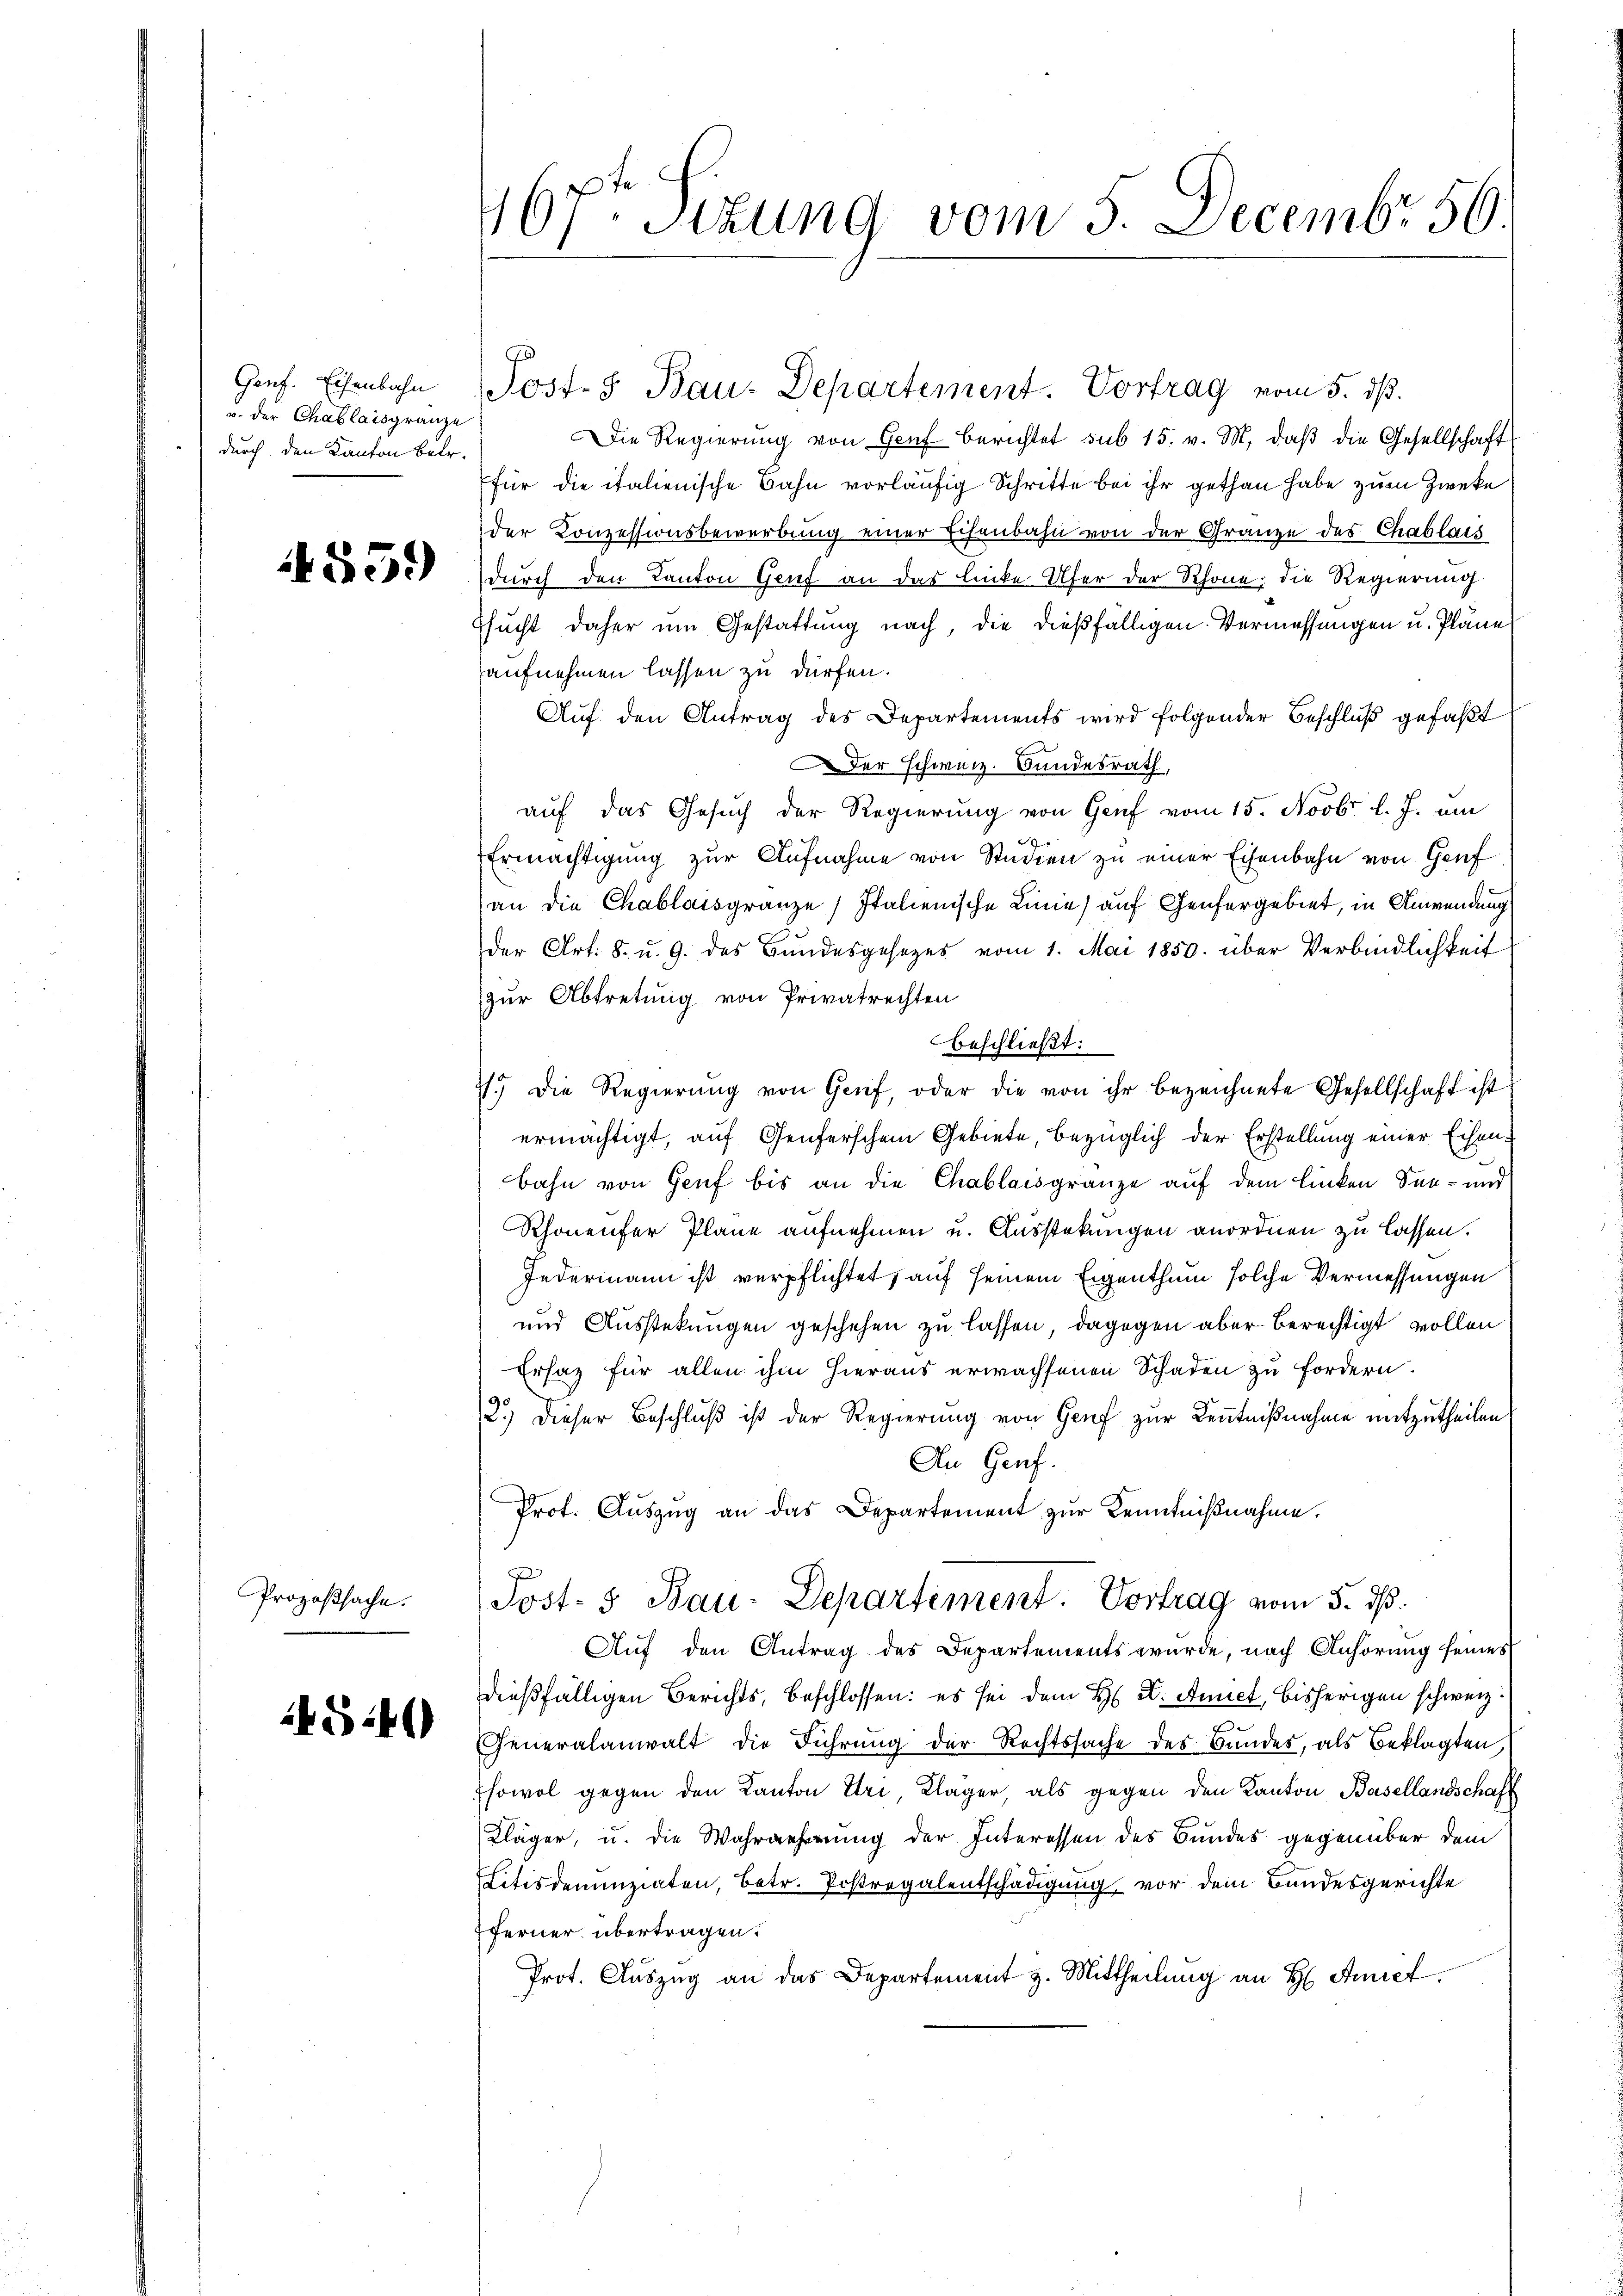
Gonf. Eisenbahn
v. der Chablaisgränze
durch den Kanton Betr.

55.)

Prozeßsache.

KG41)

167t Sizung vom 5. Decembr 50.

Post- & Bau-Departement. Vortrag vom 5. dß.
Die Regierung von Genf berichtet sub 15. v. M. daβ die Gesellschaft
für die italienische Bahn vorläufig Schritte bei ihr gethan habe zum Zweke
der Konzessionsbewerbung einer Eisenbahn von der Gränze des Chablais
durch den Kanton Genf an das linke Ufer der Schöne, die Regierung
ssucht daher um Gestattung nach, die dießfälligen Vermessungen u. Pläne
aufnehmen lassen zu dürfen.
Auf den Antrag des Departements wird folgender Beschluß gefaßt
Der Schweiz. Bundesrath,
auf das Gesuch der Regierung von Genf vom 15. Novbr. l. J. um
Ermächtigung zur Aufnahme von Studien zu einer Eisenbahn von Genf
an die Chablaisgränze Italienische Linie) auf Genfergebiet, in Anwendung
der Art. 8. u. 9. des Bundesgesezes vom 1. Mai 1850. über Verbindlichkeit
zur Abtretung von Privatrechten
beschließt:
1.) Die Regierung von Genf, oder die von ihr bezeichnete Gesellschaft ist
ermächtigt, auf Genferschen Gebiete, bezüglich der Erstellung einer Eisenbahn von Genf bis an die Chablaisgränze auf dem linken San- und
Rhonenfer Plane aufnehmen u. Ausstekungen anordnen zu lassen.
Jedermann ist verpflichtet, auf seinem Eigenthum solche Vermessungen
und Ausstekungen geschehen zu lassen, dagegen aber berechtigt vollen
Ersaz für allen ihm hieraus erwachsenen Schaden zu fordern.
2.) Dieser Beschluß ist der Regierung von Genf zur Kenntnißnahme mitzutheilen
An Genf.
Prot. Auszug an das Departement zur Kenntnißnahme.
g
Post- 5 Bau-Departement. Vortrag vom 5. dß.
Auf den Antrag des Departements wurde, nach Anhörung seines
dießfälligen Berichts, beschlossen: es sei dem H X. Annet, bisherigen schweiz.
Generalanwalt die Führung der Rechtssache des Bundes, als Beklagten
Esowol gegen den Kanton Uri Klager, als gegen den Kanton Basellandschaft
Kläger, u. die Wahrzehrung der Interessen des Bundes gegenüber dem
Litisdemenziaten, Betr. Postregalentschädigung vor dem Bundesgerichte
ferner übertragen.
Prot. Auszug an das Departement z. Mittheilung an H. Amiet.